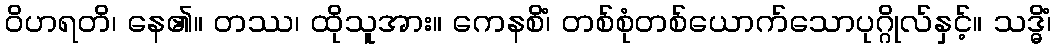
ဝိဟရတိ၊ နေ၏။ တဿ၊ ထိုသူအား။ ကေနစိံ၊ တစ်စုံတစ်ယောက်သောပုဂ္ဂိုလ်နှင့်။ သဒ္ဓိံ၊